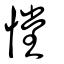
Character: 憆